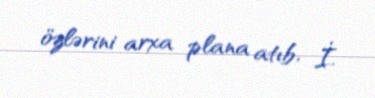
özlərini arxa plana atıb, İ.